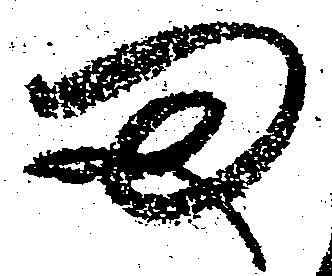
ま